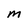
Character: M